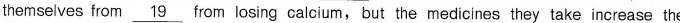
themselves from \underline{19} from losing calcium, but the medicines they take increase the